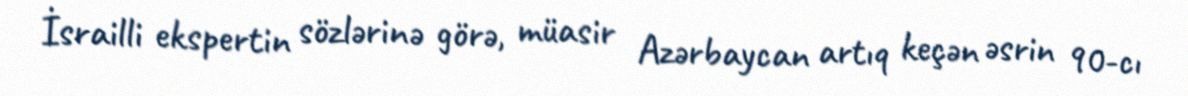
İsrailli ekspertin sözlərinə görə, müasir Azərbaycan artıq keçən əsrin 90-cı